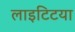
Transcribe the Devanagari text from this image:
लाइटिटया